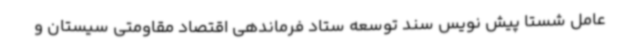
عامل شستا پیش نویس سند توسعه ستاد فرماندهی اقتصاد مقاومتی سیستان و